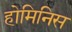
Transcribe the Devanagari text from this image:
होमिनिस